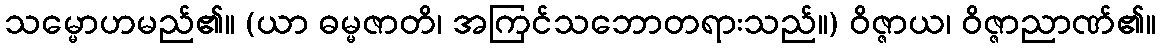
သမ္မောဟမည်၏။ (ယာ ဓမ္မဇာတိ၊ အကြင်သဘောတရားသည်။) ဝိဇ္ဇာယ၊ ဝိဇ္ဇာညာဏ်၏။